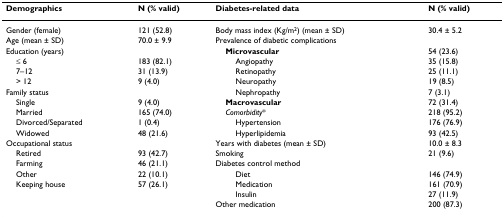
| Demographics | N (% valid) | Diabetes-related data | N (% valid) |
 | --- | --- | --- | --- |
 | Gender (female) | 121 (52.8) | Body mass index (Kg/m2) (mean ± SD) | 30.4 ± 5.2 |
 | Age (mean ± SD) | 70.0 ± 9.9 | Prevalence of diabetic complications |  |
 | Education (years) |  | Microvascular | 54 (23.6) |
 | ≤ 6 | 183 (82.1) | Angiopathy | 35 (15.8) |
 | 7–12 | 31 (13.9) | Retinopathy | 25 (11.1) |
 | > 12 | 9 (4.0) | Neuropathy | 19 (8.5) |
 | Family status |  | Nephropathy | 7 (3.1) |
 | Single | 9 (4.0) | Macrovascular | 72 (31.4) |
 | Married | 165 (74.0) | Comorbidity* | 218 (95.2) |
 | Divorced/Separated | 1 (0.4) | Hypertension | 176 (76.9) |
 | Widowed | 48 (21.6) | Hyperlipidemia | 93 (42.5) |
 | Occupational status |  | Years with diabetes (mean ± SD) | 10.0 ± 8.3 |
 | Retired | 93 (42.7) | Smoking | 21 (9.6) |
 | Farming | 46 (21.1) | Diabetes control method |  |
 | Other | 22 (10.1) | Diet | 146 (74.9) |
 | Keeping house | 57 (26.1) | Medication | 161 (70.9) |
 |  |  | Insulin | 27 (11.9) |
 |  |  | Other medication | 200 (87.3) |